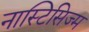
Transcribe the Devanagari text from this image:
नास्टिसिज्म